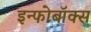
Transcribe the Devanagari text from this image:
इन्फोबॉक्स